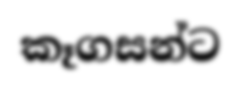
කෑගසන්ට